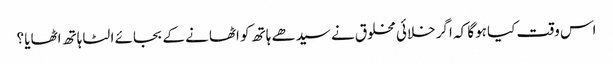
اس وقت کیا ہوگا کہ اگر خلائی مخلوق نے سیدھے ہاتھ کو اٹھانے کے بجائے الٹا ہاتھ اٹھایا ؟